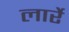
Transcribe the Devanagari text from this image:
लार्रे